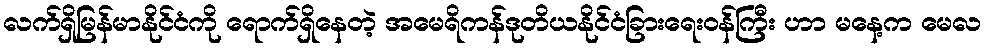
လက်ရှိမြန်မာနိုင်ငံကို ရောက်ရှိနေတဲ့ အမေရိကန်ဒုတိယနိုင်ငံခြားရေးဝန်ကြီး ဟာ မနေ့က မေလ